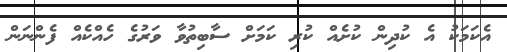
އެކަމަކު އެ ކުދިން ކުށެއް ކުރި ކަމަށް ސާބިތުވާ ވަރުގެ ހެއްކެއް ފެންނަން